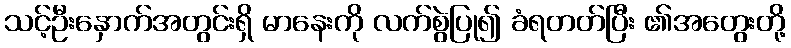
သင့်ဦးနှောက်အတွင်းရှိ မာနေးကို လက်စွဲပြု၍ ခံရတတ်ပြီး ၏အတွေးတို့